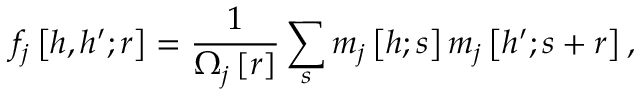
f _ { j } \left[ h , h ^ { \prime } ; r \right] = \frac { 1 } { \Omega _ { j } \left[ r \right] } \sum _ { s } m _ { j } \left[ h ; s \right] m _ { j } \left[ h ^ { \prime } ; s + r \right] ,